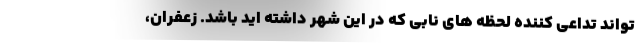
تواند تداعی کننده لحظه های نابی که در این شهر داشته اید باشد. زعفران،